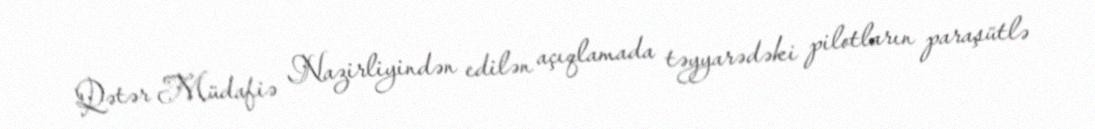
Qətər Müdafiə Nazirliyindən edilən açıqlamada təyyarədəki pilotların paraşütlə